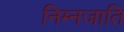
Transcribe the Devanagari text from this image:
निम्नजाति